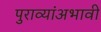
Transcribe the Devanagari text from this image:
पुराव्यांअभावी